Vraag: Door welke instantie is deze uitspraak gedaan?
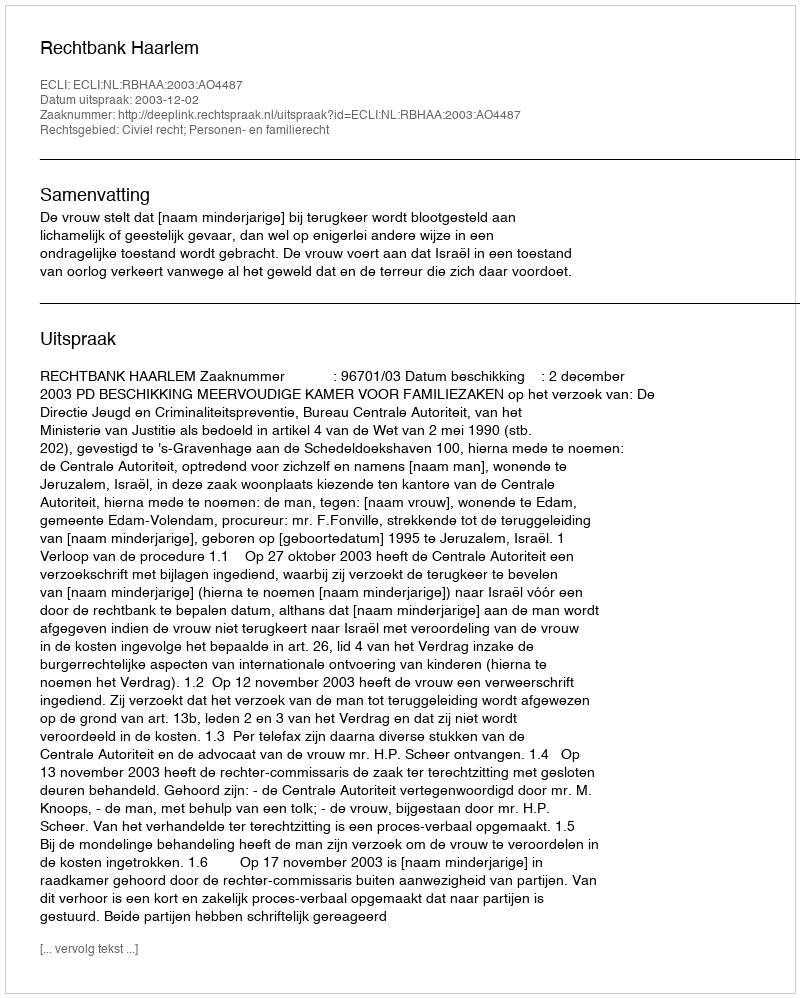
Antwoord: Rechtbank Haarlem